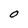
Character: O